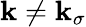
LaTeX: \boldsymbol{\mathbf{k}}\neq\boldsymbol{\mathbf{k}}_{\sigma}